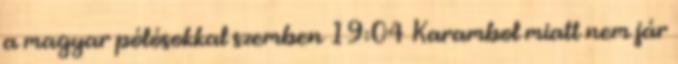
a magyar pólósokkal szemben 19:04 Karambol miatt nem jár